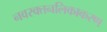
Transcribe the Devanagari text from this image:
नवरक्तनलिकाकरण